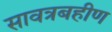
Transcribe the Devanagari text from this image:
सावत्रबहीण